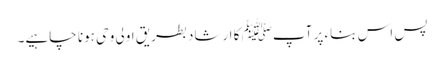
پس اس بناء پر آپﷺ کا ارشاد بطریق اولی وحی ہونا چاہیے۔